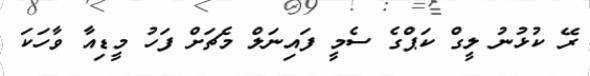
ރޭ ކުޅުނު ލީގް ކަޕްގެ ސެމީ ފައިނަލް މެޗަށް ފަހު މީޑިއާ ވާހަކަ